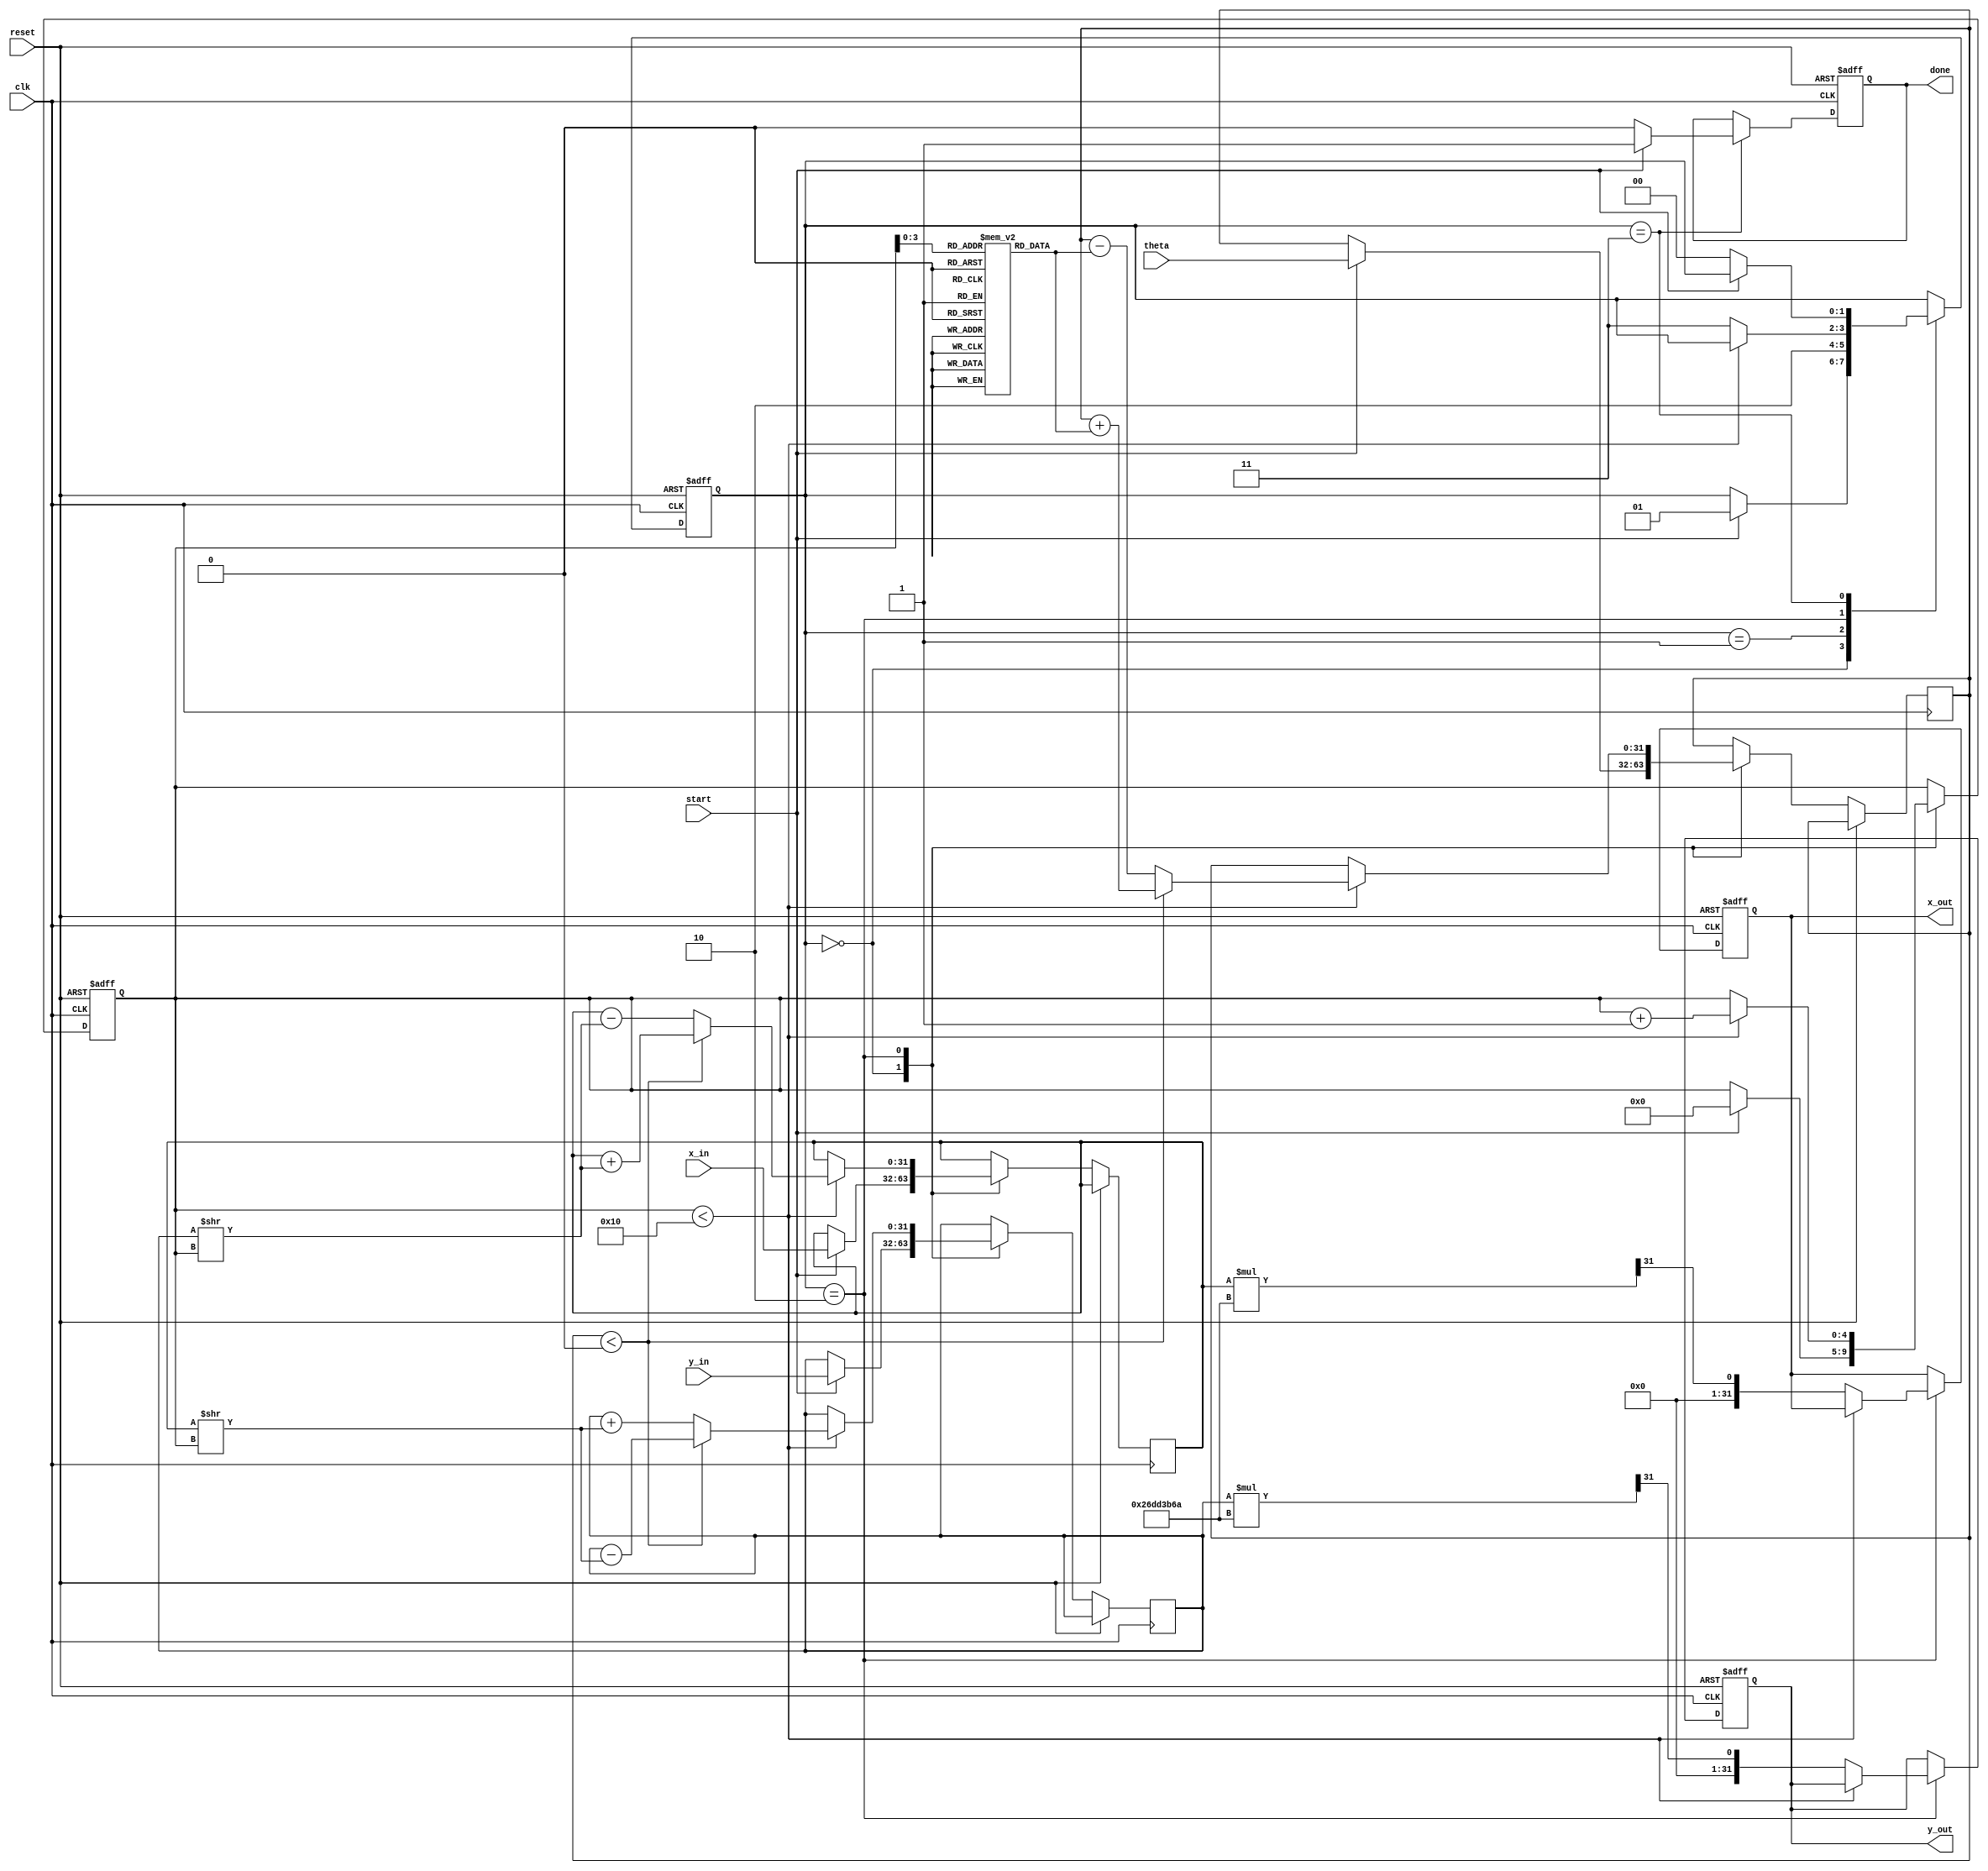
module cordic_angle_based (
    input wire [31:0] theta,     // Input angle in radians (fixed-point representation)
    input wire [31:0] x_in,      // Input x-coordinate
    input wire [31:0] y_in,      // Input y-coordinate
    input wire start,             // Signal to initiate computation
    input wire clk,               // Clock signal
    input wire reset,             // Asynchronous reset
    output reg [31:0] x_out,      // Output x-coordinate after rotation
    output reg [31:0] y_out,      // Output y-coordinate after rotation
    output reg done               // Signal indicating completion
);

    // Parameters
    parameter MAX_ITERATIONS = 16; // Number of CORDIC iterations
    parameter ANGLE_WIDTH = 32;     // Width of angle representation
    parameter CORDIC_GAIN = 32'h26DD3B6A; // Scaling factor (fixed-point representation)

    // Internal registers
    reg [31:0] x_reg, y_reg, theta_reg;
    reg [4:0] iteration_count; // 5 bits to count up to MAX_ITERATIONS
    reg [31:0] angle_table [0:MAX_ITERATIONS-1]; // Angle table for CORDIC
    reg [1:0] state; // FSM state: 0=idle, 1=init, 2=iterate, 3=done

    // State encoding
    localparam IDLE = 2'b00;
    localparam INIT = 2'b01;
    localparam ITERATE = 2'b10;
    localparam DONE = 2'b11;

    // Initialize angle table
    initial begin
        angle_table[0] = 32'h00000000; // atan(2^0)
        angle_table[1] = 32'h0000003F; // atan(2^-1)
        angle_table[2] = 32'h0000001C; // atan(2^-2)
        angle_table[3] = 32'h0000000A; // atan(2^-3)
        angle_table[4] = 32'h00000005; // atan(2^-4)
        angle_table[5] = 32'h00000002; // atan(2^-5)
        angle_table[6] = 32'h00000001; // atan(2^-6)
        angle_table[7] = 32'h00000000; // atan(2^-7)
        angle_table[8] = 32'h00000000; // atan(2^-8)
        angle_table[9] = 32'h00000000; // atan(2^-9)
        angle_table[10] = 32'h00000000; // atan(2^-10)
        angle_table[11] = 32'h00000000; // atan(2^-11)
        angle_table[12] = 32'h00000000; // atan(2^-12)
        angle_table[13] = 32'h00000000; // atan(2^-13)
        angle_table[14] = 32'h00000000; // atan(2^-14)
        angle_table[15] = 32'h00000000; // atan(2^-15)
    end

    // State machine and control logic
    always @(posedge clk or posedge reset) begin
        if (reset) begin
            state <= IDLE;
            done <= 1'b0;
            iteration_count <= 0;
            x_out <= 0;
            y_out <= 0;
        end else begin
            case (state)
                IDLE: begin
                    if (start) begin
                        x_reg <= x_in;
                        y_reg <= y_in;
                        theta_reg <= theta;
                        iteration_count <= 0;
                        state <= INIT;
                    end
                end

                INIT: begin
                    state <= ITERATE;
                end

                ITERATE: begin
                    if (iteration_count < MAX_ITERATIONS) begin
                        if (theta_reg < 0) begin
                            // Rotate clockwise
                            x_reg <= x_reg + (y_reg >> iteration_count);
                            y_reg <= y_reg - (x_reg >> iteration_count);
                            theta_reg <= theta_reg + angle_table[iteration_count];
                        end else begin
                            // Rotate counter-clockwise
                            x_reg <= x_reg - (y_reg >> iteration_count);
                            y_reg <= y_reg + (x_reg >> iteration_count);
                            theta_reg <= theta_reg - angle_table[iteration_count];
                        end
                        iteration_count <= iteration_count + 1;
                    end else begin
                        // Apply scaling factor
                        x_out <= x_reg * CORDIC_GAIN >> 31;
                        y_out <= y_reg * CORDIC_GAIN >> 31;
                        state <= DONE;
                    end
                end

                DONE: begin
                    done <= 1'b1;
                    if (!start) begin
                        state <= IDLE; // Go back to IDLE on start signal low
                        done <= 1'b0; // Reset done signal
                    end
                end
            endcase
        end
    end
endmodule